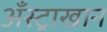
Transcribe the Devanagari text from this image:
अँस्ट्राखान